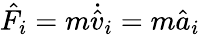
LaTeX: \hat{F}_{i}=m\dot{\hat{v}}_{i}=m\hat{a}_{i}